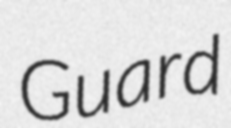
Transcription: Guard